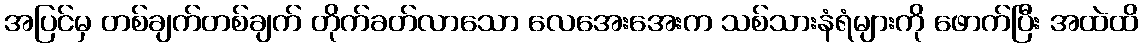
အပြင်မှ တစ်ချက်တစ်ချက် တိုက်ခတ်လာသော လေအေးအေးက သစ်သားနံရံများကို ဖောက်ပြီး အထဲထိ